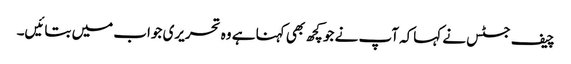
چیف جسٹس نے کہاکہ آپ نے جو کچھ بھی کہنا ہے وہ تحریری جواب میں بتائیں۔